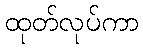
ထုတ်လုပ်ကာ